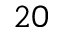
2 0